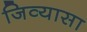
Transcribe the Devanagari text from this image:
जिव्यासा